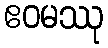
ဧဝမဿု